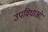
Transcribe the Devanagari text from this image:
उपविधाओं